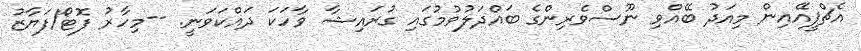
އެޗްޕީއޭއިން މިއަދު ބޭއްވި ނޫސްވެރިިންގެ ބައްދަލުވުމުގައި ގުރައިޝާ ވާހަކަ ދައްކަވަނީ. --މިހާރު ފޮޓޯ/ފަޔާޒު